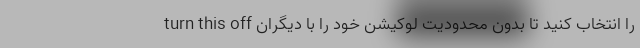
turn this off را انتخاب کنید تا بدون محدودیت لوکیشن خود را با دیگران